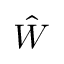
\hat { W }